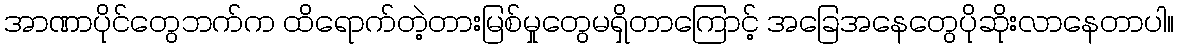
အာဏာပိုင်တွေဘက်က ထိရောက်တဲ့တားမြစ်မှုတွေမရှိတာကြောင့် အခြေအနေတွေပိုဆိုးလာနေတာပါ။